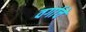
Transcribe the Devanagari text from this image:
वर्गाचें